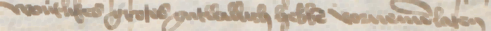
wontlikes grotes gutwillich hebben vornemen laten